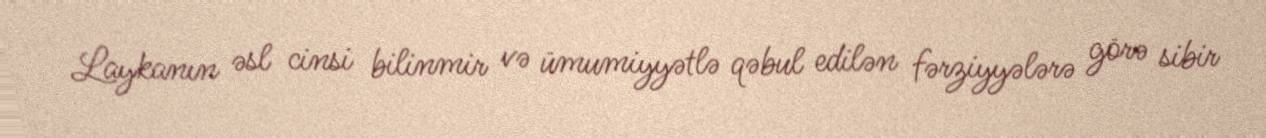
Laykanın əsl cinsi bilinmir və ümumiyyətlə qəbul edilən fərziyyələrə görə sibir